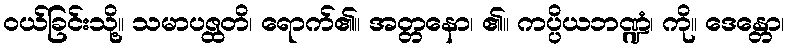
ဝယ်ခြင်းသို့။ သမာပဇ္ထတိ၊ ရောက်၏။ အတ္တနော၊ ၏။ ကပ္ပိယဘဏ္ဍံ၊ ကို။ ဒေန္တော၊